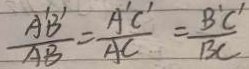
\frac { A ^ { \prime } B ^ { \prime } } { A B } = \frac { A ^ { \prime } C ^ { \prime } } { A C } = \frac { B ^ { \prime } C ^ { \prime } } { B C }